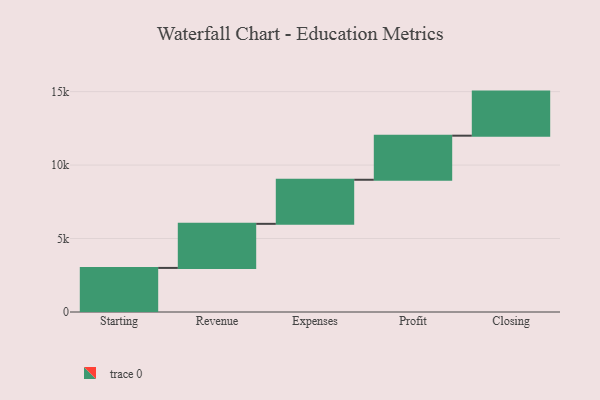
{"axis": {"x": "Step", "y": "Value"}, "legend": [""], "data": [{"x": "Starting", "y": 3000, "type": ""}, {"x": "Revenue", "y": 3000, "type": ""}, {"x": "Expenses", "y": 3000, "type": ""}, {"x": "Profit", "y": 3000, "type": ""}, {"x": "Closing", "y": 3000, "type": ""}]}